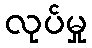
လုပ်မှု